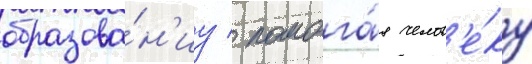
образова́н'иу / помога́я челов'е́ку